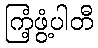
ကြံ့ဖွံ့ပါတီ